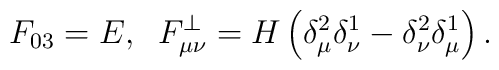
F_{03}=E,\;\;F_{\mu \nu }^{\perp }=H\left( \delta _\mu ^2\delta _\nu^1-\delta _\nu ^2\delta _\mu ^1\right) .